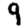
Digit: 9